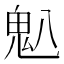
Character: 𫙈